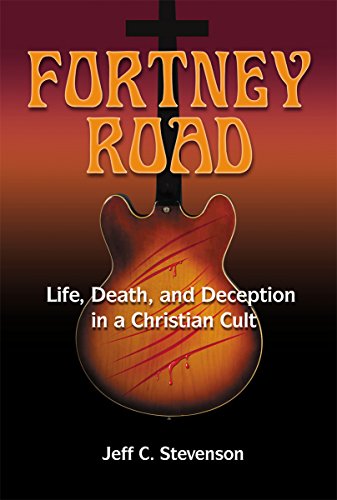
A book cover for Fortney Road: Life, Death, and Deception in a Christian Cult; Jeff C. Stevenson; Religion & Spirituality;